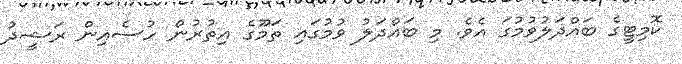
ކޮމިޓީގެ ބައްދަލުވުމުގަ އެވެ. މި ބައްދަލު ވުމުގައި ތަމޫގެ އިތުރުން ހުސެއިން ރަޝީދު